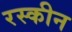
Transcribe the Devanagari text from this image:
रस्कीन